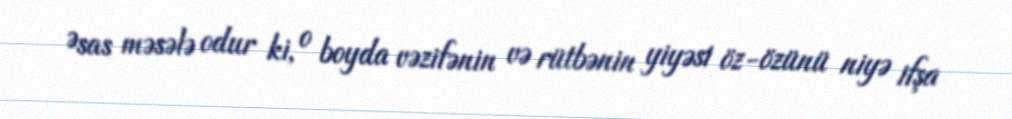
Əsas məsələ odur ki, o boyda vəzifənin və rütbənin yiyəsi öz-özünü niyə ifşa